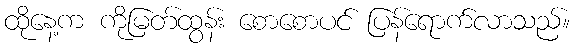
ထိုနေ့က ကိုမြတ်ထွန်း စောစောပင် ပြန်ရောက်လာသည်။